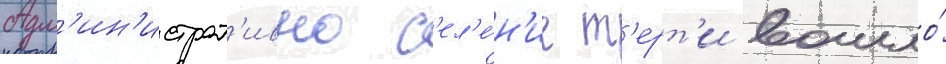
Адм'ин'истрат'ивно с'ел'е́н'ие т'ерт'и вошло́